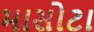
માસોટા